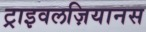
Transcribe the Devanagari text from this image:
ट्राइवलज़ियानस